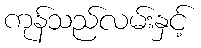
ကုန်သည်လမ်းနှင့်